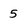
Character: 5